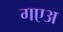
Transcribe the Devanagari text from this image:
गएअ